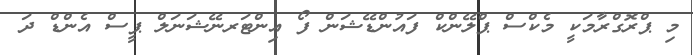
މި ޕްރޮގްރާމަކީ މެކްސް ޕްލޭންކް ފައުންޑޭޝަން ފޯ އިންޓަރނޭޝަނަލް ޕީސް އެންޑް ދަ